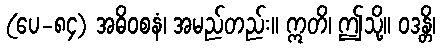
(ပေ-၈၄) အဓိဝစနံ၊ အမည်တည်း။ ဣတိ၊ ဤသို့။ ဝဒန္တိ၊